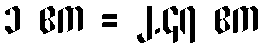
၁ ဧက = ၂.၄၇ ဧက